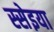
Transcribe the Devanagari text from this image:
स्सेइया